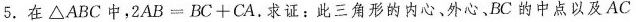
5.在△ABC中，$$2 A B = B C + C A$$，求证：此三角形的内心、外心，BC的中点以及AC